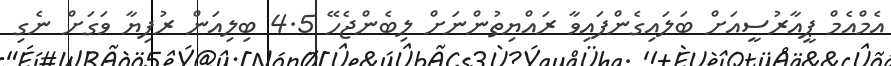
އެމްއެމް ޕީއާރުސީއަށް ބަލައިގެންފައިވާ ރައްޔިތުންނަށް ލިބެންޖެހޭ 4.5 ބިލިއަން ރުފިޔާ ވަގަށް ނެގި